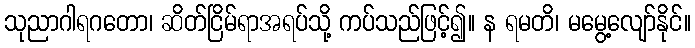
သုညာဂါရဂတော၊ ဆိတ်ငြိမ်ရာအရပ်သို့ ကပ်သည်ဖြင့်၍။ န ရမတိ၊ မမွေ့လျော်နိုင်။